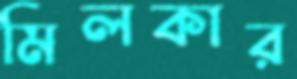
মিলকার